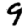
Digit: 9